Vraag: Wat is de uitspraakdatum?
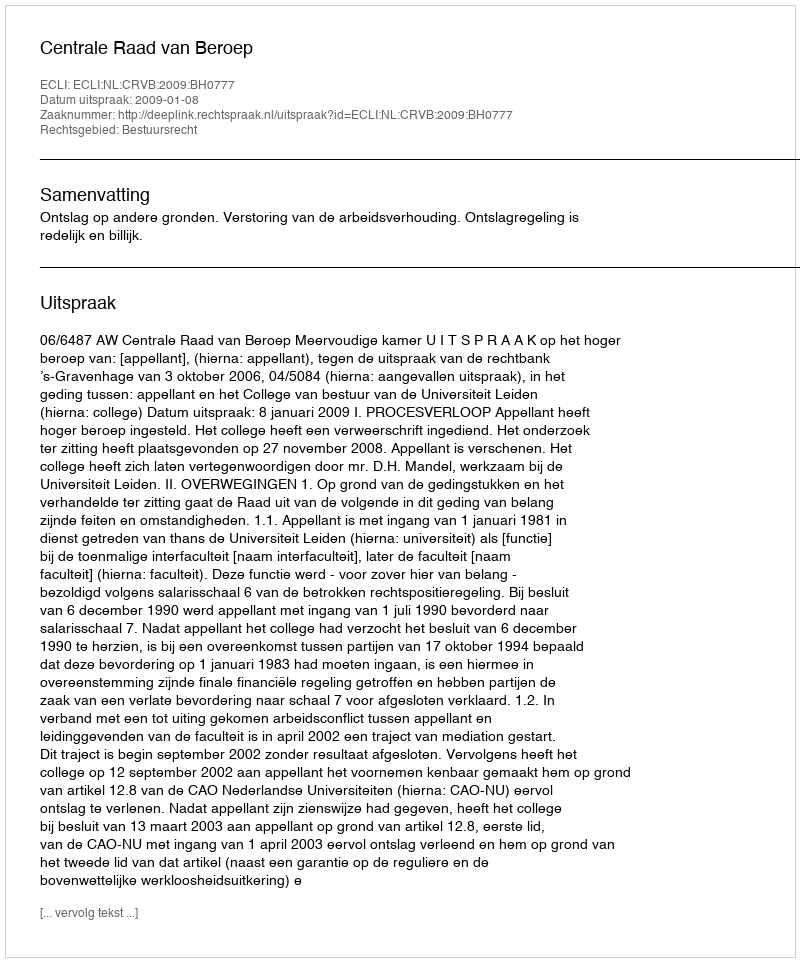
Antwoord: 2009-01-08